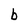
Character: b